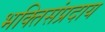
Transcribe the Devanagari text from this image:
भक्तिसंप्रदाय